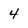
Character: 4